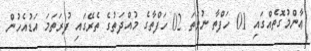
ޢާންމުގޮތެއްގައި 01 ހަފްތާ ނުވަތަ 02 ހަފްތާގެ މުއްދަތުގެ ތެރޭގައި ފުރަތަމަ އަޑުއެހުން